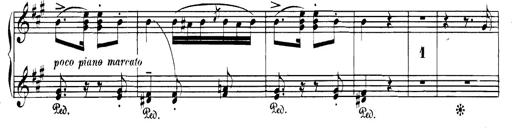
Title: Spinnerlied aus dem Fliegenden HollÃ¤nder
Composer: Franz Liszt